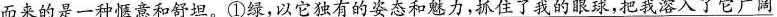
而来的是一种惬意和舒坦。①绿，以它独有的姿态和魅力，抓住了我的眼球，把我溶入了它广阔